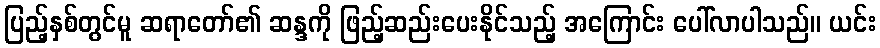
ပြည့်နှစ်တွင်မူ ဆရာတော်၏ ဆန္ဒကို ဖြည့်ဆည်းပေးနိုင်သည့် အကြောင်း ပေါ်လာပါသည်။ ယင်း